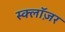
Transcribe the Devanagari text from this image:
स्क्लॉज़र